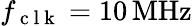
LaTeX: f_{\mathrm{~c~l~k~}}=10{}\, \mathrm{MHz}